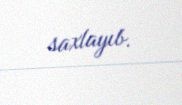
saxlayıb.